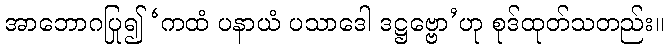
အာဘောဂပြု၍ ‘ကထံ ပနာယံ ပသာဒေါ ဒဋ္ဌဗ္ဗော’ဟု စုဒ်ထုတ်သတည်း။